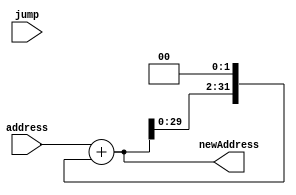
module jump_address (
	input [31:0] address,
	input [31:0] jump,
	output reg [31:0] newAddress
);

	always @(*) begin
		newAddress = address + (newAddress << 2);
	end
endmodule